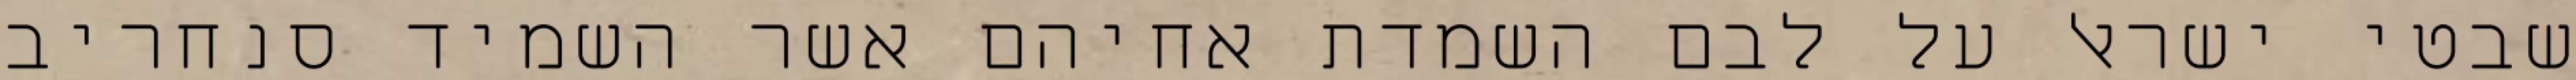
שבטי ישראל על לבם השמדת אחיהם אשר השמיד סנחריב